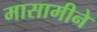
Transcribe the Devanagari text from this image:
मासामीने